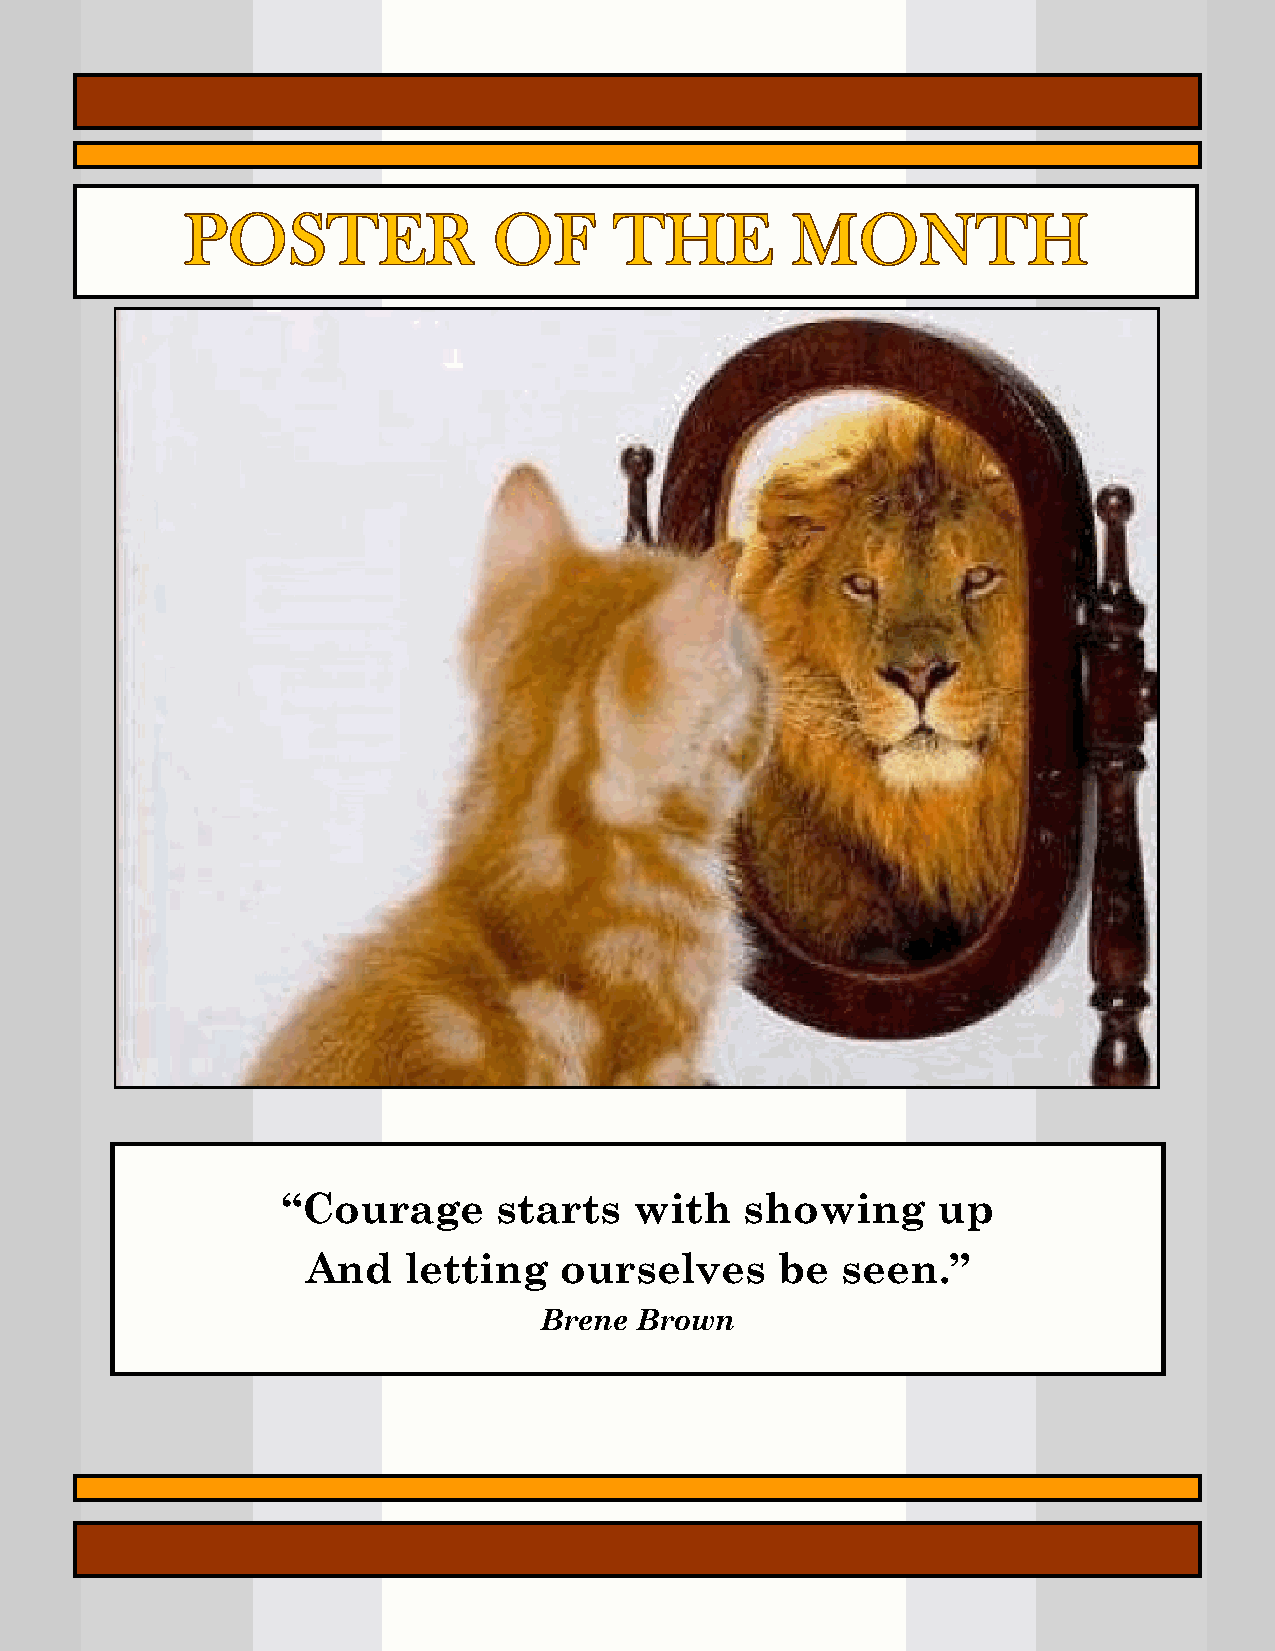
“Courage      starts   with   showing      up
 And    letting   ourselves      be  seen.”
 Brene Brown